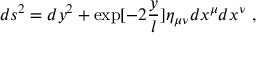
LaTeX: d s ^ { 2 } = d y ^ { 2 } + \exp [ - 2 { \frac { y } { l } } ] \eta _ { \mu \nu } d x ^ { \mu } d x ^ { \nu } \ ,